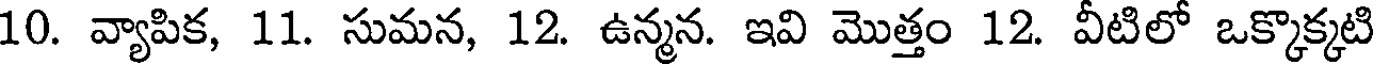
10. వ్యాపిక, 11. సుమన, 12. ఉన్మన. ఇవి మొత్తం 12. వీటిలో ఒక్కొక్కటి